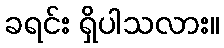
ခရင်း ရှိပါသလား။